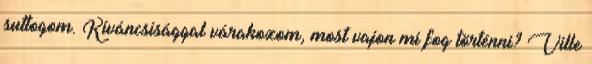
suttogom. Kíváncsisággal várakozom, most vajon mi fog történni? Ville